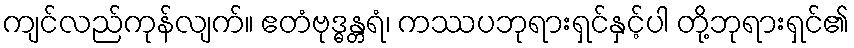
ကျင်လည်ကုန်လျက်။ ဧတံဗုဒ္ဓန္တရံ၊ ကဿပဘုရားရှင်နှင့်ပါ တို့ဘုရားရှင်၏